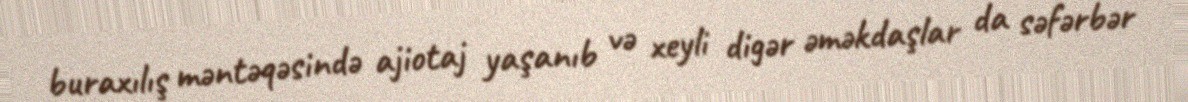
buraxılış məntəqəsində ajiotaj yaşanıb və xeyli digər əməkdaşlar da səfərbər